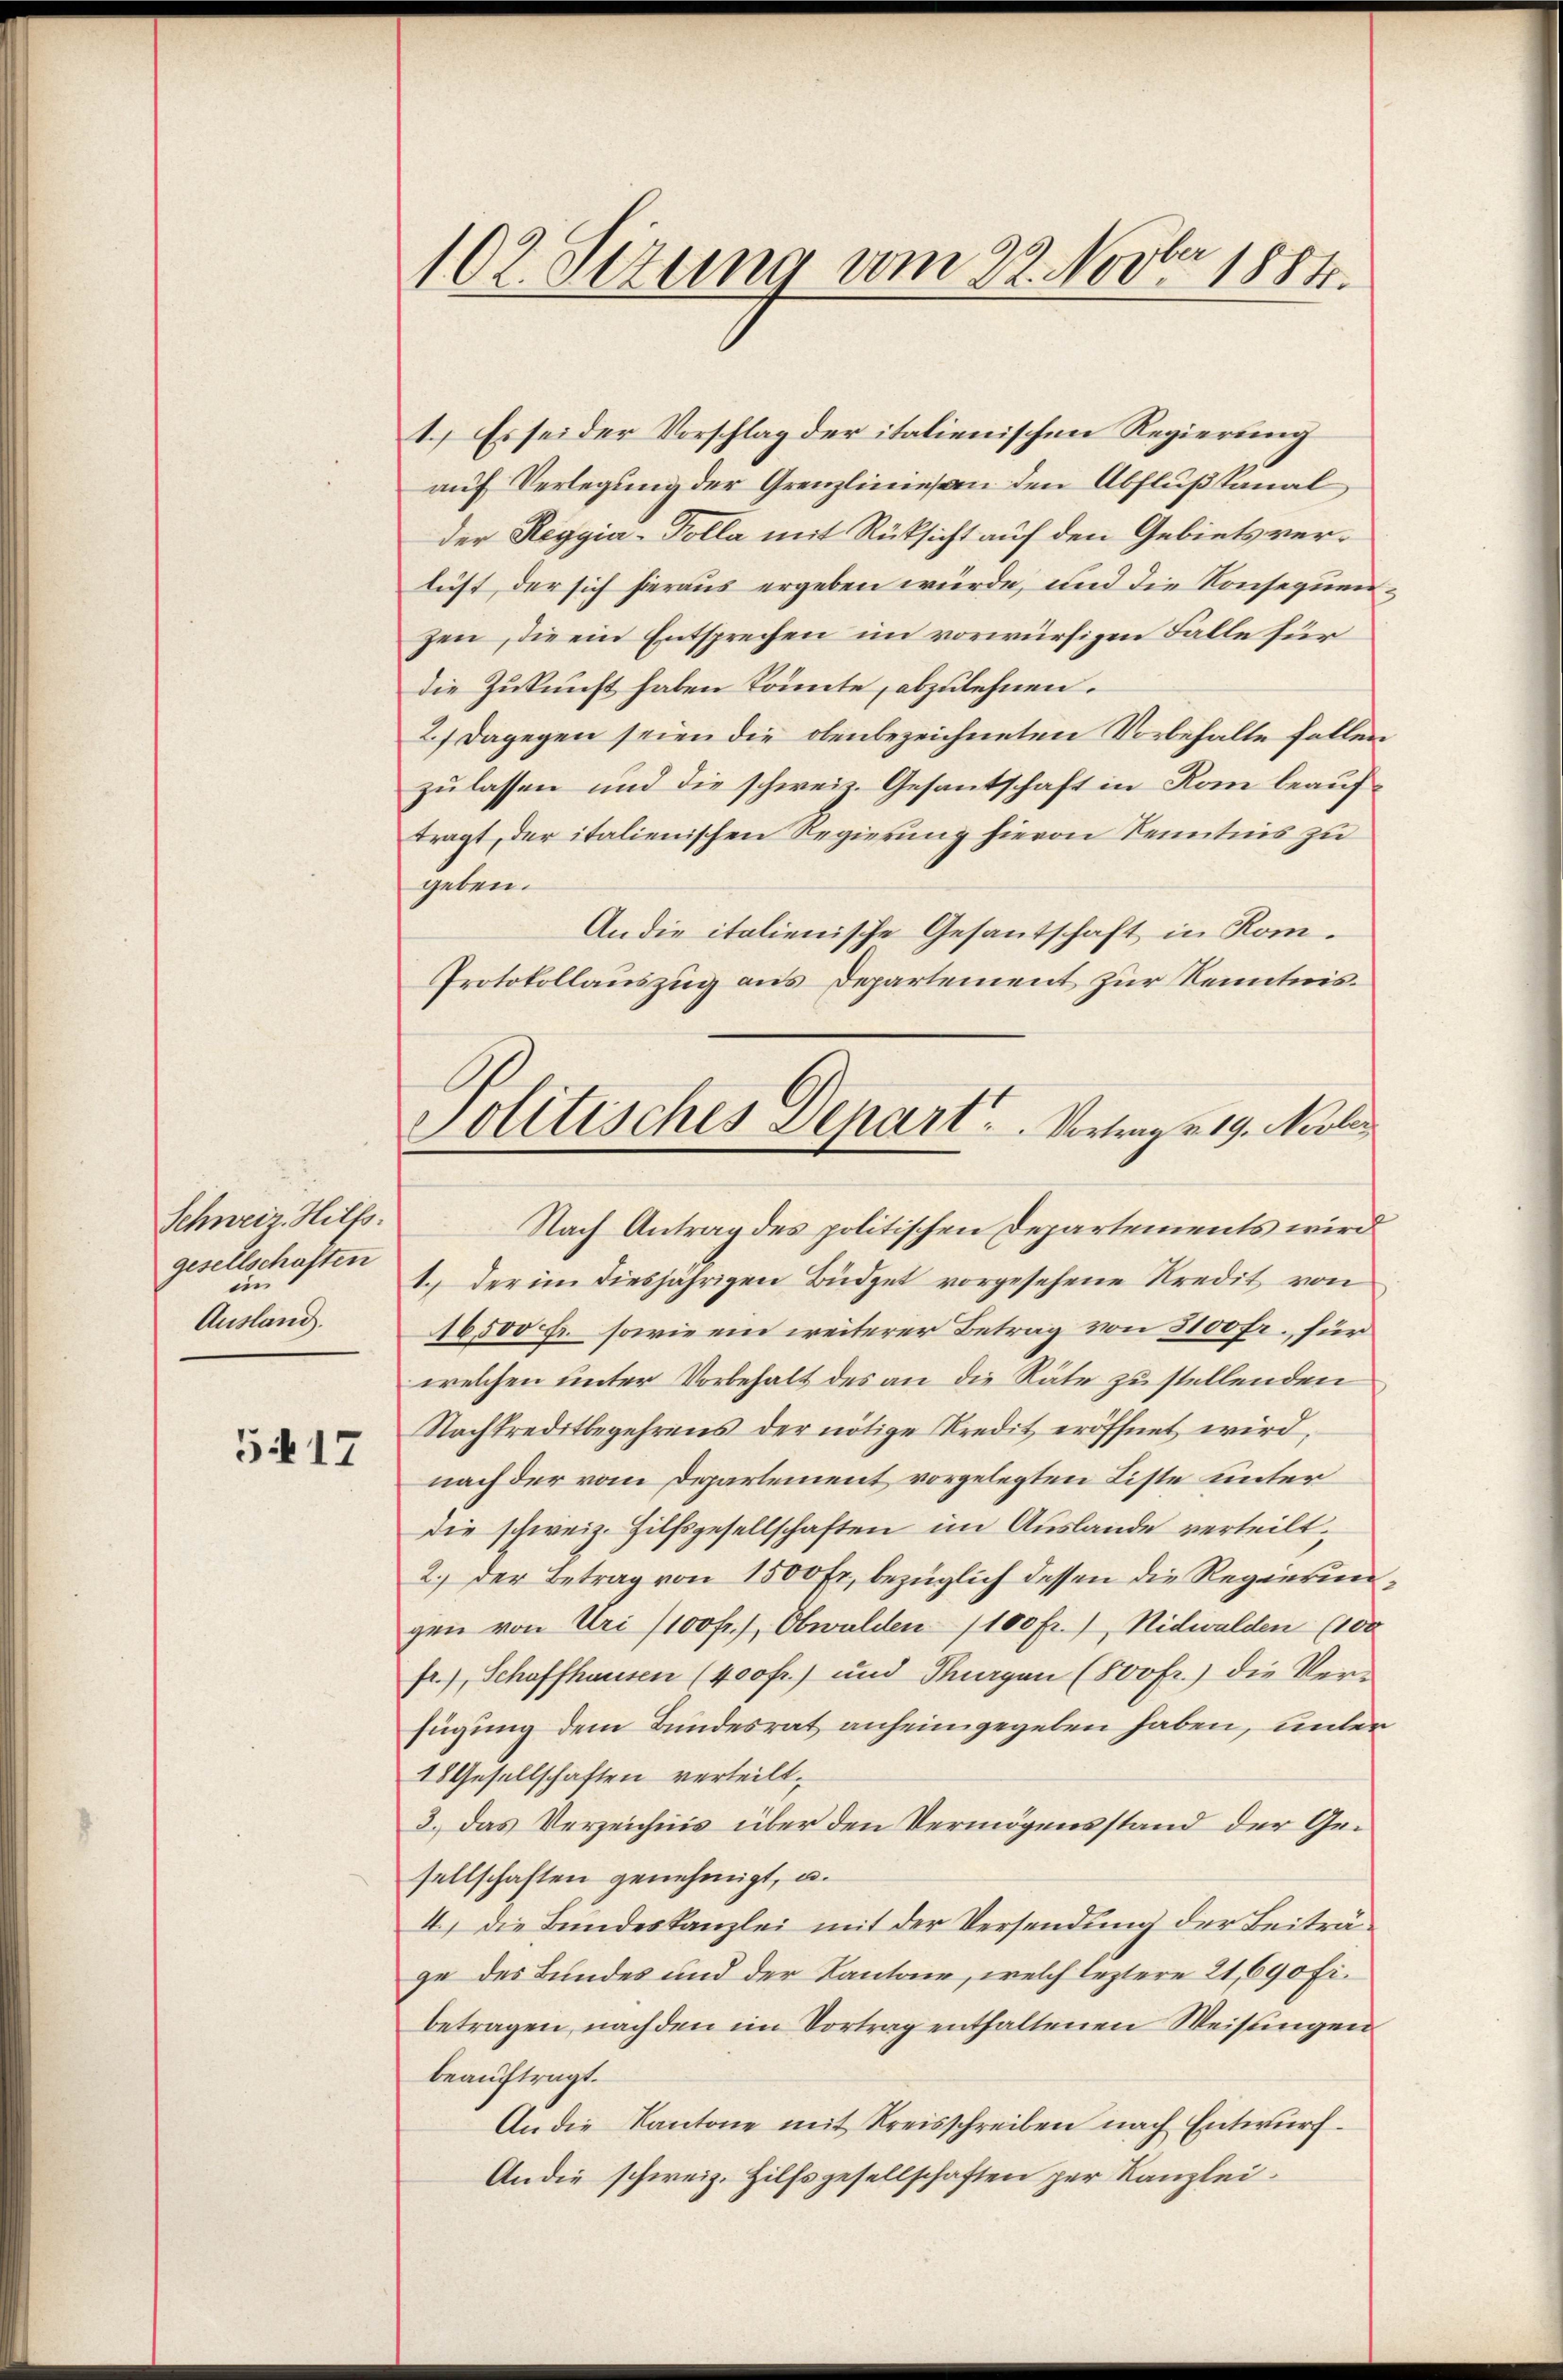
Schweiz. Hilfs.
gesellschaften
i
Ausland.

517

102. Sizung vom 22. Novber 1884.

1.) Es sei der Vorschlag der italienischen Regierung
auf Verlegung der Grenzlinie an den Abflußkanal
der Reggia-Polla mit Rücksicht auf den Gebiets verlicht, der sich hieraus ergeben würde, und die Konsequenzen, die ein Entsprechen im vorwürfigen Falle für
die Zukunft haben könnte, abzulehnen.
2.) Dagegen seien die obenbezeichneten Vorbehalte fallen
zulassen und die schweiz. Gesantschaft in Rom beauftragt, der italienischen Regierung hievon Kenntnis zu
geben.
An die italienische Gesantschaft in Kom¬
Protokollauszug aus Departement zur Kenntnis¬
Nach Antrag des politischen Departements wird
1.) Der im diesjährigen Büdget vorgesehene Kredit von
16,500 fr. sowie ein weiterer Betrag von 3100 fr., für
welchen unter Vorbehalt des an die Räte zu stellenden
Nachtreditbegehrens der nötige Kredit eröffnet wird,
nach der vom Departement vorgelegten Liste unter
die schweiz. Hilfsgesellschaften im Auslande verteilt,
2.) Der Betrag von 1500 Fr, bezüglich dessen die Regierungen von Uri (100 fr., Obwalden 100 Fr.) Nidwalden (100
fr.), Schaffhausen (400 fr.) und Thurgau (Sofr.) die Vorfügung dem Bundesrat anheimgegeben haben, unter
18 Gesellschaften verteilt.
3.) Das Verzeichnis über den Vermögensstand der Gesellschaften genehmigt, u.
I) Die Bundeskanzlei mit der Versendung der Beiträge des Bundes und der Kantone, welch leztere 21, 690 Fr.
betragen, nachden im Vortrag enthaltenen Weisungen
beauftragt.
An die Kantone mit Kreisschreiben nach Entwurf.
Andie schweiz. Hilfsgesellschaften per Kanzlei.

Politisches Depart. Vertrage 19. Moli